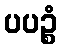
ပပဉ္စံ